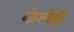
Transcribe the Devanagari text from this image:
केलेही